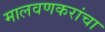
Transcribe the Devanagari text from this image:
मालवणकरांचा